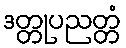
ဒတ္တုပညတ္တံ